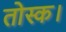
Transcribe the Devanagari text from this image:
तोस्क।